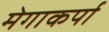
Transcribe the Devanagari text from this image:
मेगाकर्पा